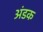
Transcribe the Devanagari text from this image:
अंडक